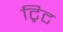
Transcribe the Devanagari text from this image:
ट्रिट